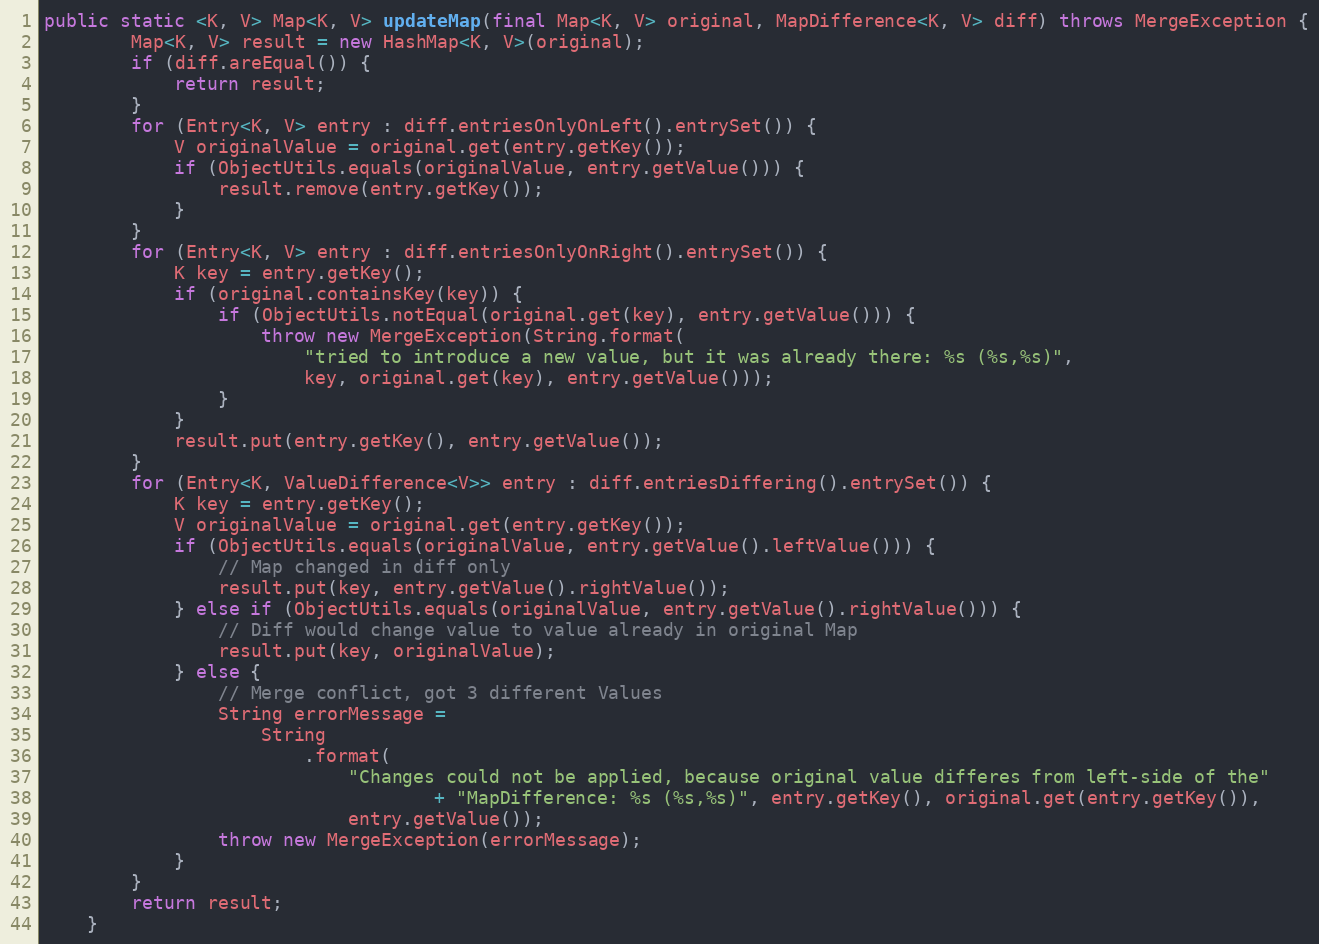
Language: Java
public static <K, V> Map<K, V> updateMap(final Map<K, V> original, MapDifference<K, V> diff) throws MergeException {
        Map<K, V> result = new HashMap<K, V>(original);
        if (diff.areEqual()) {
            return result;
        }
        for (Entry<K, V> entry : diff.entriesOnlyOnLeft().entrySet()) {
            V originalValue = original.get(entry.getKey());
            if (ObjectUtils.equals(originalValue, entry.getValue())) {
                result.remove(entry.getKey());
            }
        }
        for (Entry<K, V> entry : diff.entriesOnlyOnRight().entrySet()) {
            K key = entry.getKey();
            if (original.containsKey(key)) {
                if (ObjectUtils.notEqual(original.get(key), entry.getValue())) {
                    throw new MergeException(String.format(
                        "tried to introduce a new value, but it was already there: %s (%s,%s)",
                        key, original.get(key), entry.getValue()));
                }
            }
            result.put(entry.getKey(), entry.getValue());
        }
        for (Entry<K, ValueDifference<V>> entry : diff.entriesDiffering().entrySet()) {
            K key = entry.getKey();
            V originalValue = original.get(entry.getKey());
            if (ObjectUtils.equals(originalValue, entry.getValue().leftValue())) {
                // Map changed in diff only
                result.put(key, entry.getValue().rightValue());
            } else if (ObjectUtils.equals(originalValue, entry.getValue().rightValue())) {
                // Diff would change value to value already in original Map
                result.put(key, originalValue);
            } else {
                // Merge conflict, got 3 different Values
                String errorMessage =
                    String
                        .format(
                            "Changes could not be applied, because original value differes from left-side of the"
                                    + "MapDifference: %s (%s,%s)", entry.getKey(), original.get(entry.getKey()),
                            entry.getValue());
                throw new MergeException(errorMessage);
            }
        }
        return result;
    }